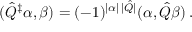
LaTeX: ( \hat { \cal Q } ^ { \ddagger } \alpha , \beta ) = ( - 1 ) ^ { | \alpha | \, | \hat { \cal Q } | } ( \alpha , \hat { \cal Q } \beta ) \, .